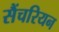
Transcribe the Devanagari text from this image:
सैंचरियन